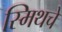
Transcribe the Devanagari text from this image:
स्मिथचे